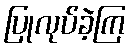
ပြုလုပ်ခဲ့ကြ